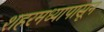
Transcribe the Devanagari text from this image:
शहरमध्यापासून